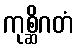
ကုစ္ဆိဂတံ